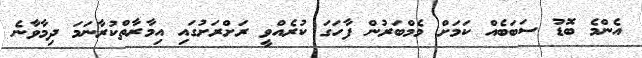
އެންމެ ބޮޑު ސަބަބެއް ކަމަށް މެމްބަރުން ފާހަގަ ކުރެއްވީ ރަށްރަށުގައި އިމާރާތްކުރާނަމަ ދިމާވާނެ